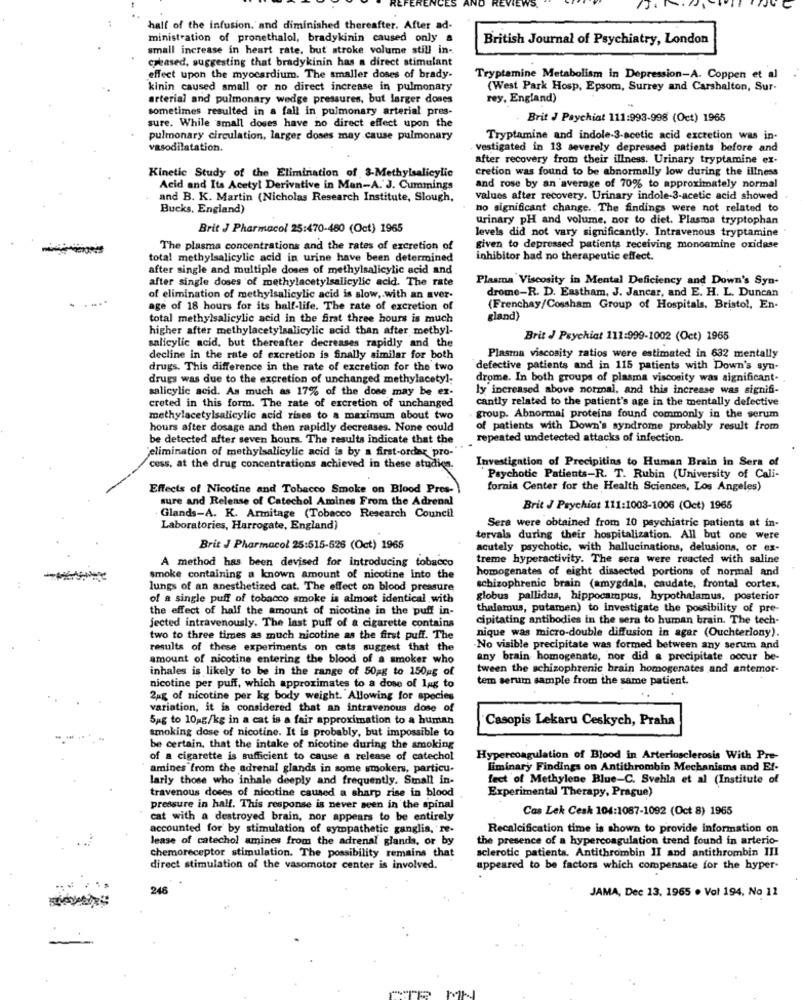
half of the infusion. and diminished thereafter. After ad-
ministration of pronethalol, bradykinin caused only a
British Journal of Psychiatry, London
small increase in heart rate, but stroke volume still in-
chased, suggesting that bradykinin has a direct stimulant
effect upon the myocardium. The smaller doses of brady-
Tryptamine Metabolism in Depression-A. Coppen et al
kinin caused small or no direct increase in pulmonary
(West Park Hosp, Epsom, Surrey and Carshalton, Sur-
arterial and pulmonary wedge pressures, but larger dones
rey, England)
sometimes resulted in a fall in pulmonary arterial pres-
Brit J Psychiat 111:993-998 (Oct) 1965
sure. While small doses have no direct effect upon the
pulmonary circulation, larger doses may cause pulmonary
Tryptamine and indole-3-acetic acid excretion was in-
vasodilatation.
vestigated in 13 severely depressed patients before and
after recovery from their illness. Urinary tryptamine ex-
Kinetic Study of the Elimination of 3-Methylsalicylic
cretion was found to be abnormally low during the illness
Acid and Its Acetyl Derivative in Man-A. J. Cummings
and rose by an average of 70% to approximately normal
and B. K. Martin (Nicholas Research Institute, Slough,
values after recovery. Urinary indole-3-acetic acid showed
Bucks, England)
no significant change. The findings were not related to
urinary pH and volume, nor to diet. Plasma tryptophan
Brit J Pharmacol 25:470-460 (Oct) 1965
levels did not vary significantly. Intravenous tryptamine
The plasma concentrations and the rates of excretion of
given to depressed patients receiving monoamine oxidase
total methylsalicylic acid in urine have been determined
inhibitor had no therapeutic effect.
after single and multiple doses of methylsalicylic acid and
after single doses of methylacetylsalicylic acid. The rate
Plasma Viscosity in Mental Deficiency and Down's Syn-
drome-R. D. Eastham, J. Jancar, and E. H. L. Duncan
of elimination of methylsalicylic acid is slow, with an aver-
age of 18 hours for its half-life. The rate of excretion of
(Frenchay/Cossham Group of Hospitals, Bristol, En-
total methylsalicylic acid in the first three hours is much
gland)
higher after methylacetylsalicylic acid than after metbyl-
Brit J Psychiat 111:999-1002 (Oct) 1965
salicylic acid, but thereafter decreases rapidly and the
decline in the rate of excretion is finally similar for both
Plasma viscosity ratios were estimated in 632 mentally
drugs. This difference in the rate of excretion for the two
defective patients and in 115 patients with Down's syn-
drugs was due to the excretion of unchanged methylacetyl;
drome. In both groups of plasma viscosity was significant.
salicylic acid. As much as 17% of the dose may be ex-
ly increased above normal, and this increase was signifi-
cantly related to the patient's age in the mentally defective
creted in this form. The rate of excretion of unchanged
methylacetylsalicylic acid rises to a maximum about two
group. Abnormal proteins found commonly in the serum
hours after dosage and then rapidly decreases. None could
of patients with Down's syndrome probably result from
be detected after seven hours. The results indicate that the
repeated undetected attacks of infection.
elimination of methylsalicylic acid is by a first-order pro-
Investigation of Precipitins to Human Brain in Sera of
coss, at the drug concentrations achieved in these studice.
Psychotic Patients-R. T. Rubin (University of Cali-
Effects of Nicotine and Tobacco Smoke on Blood Pres-
fornia Center for the Health Sciences, Los Angeles)
sure and Release of Catechol Amines From the Adrenal
Brit J Psychiat 111:1003-1006 (Oct) 1965
Glands-A. K. Armitage (Tobacco Research Council
Sera were obtained from 10 psychiatric patients at in-
Laboratories, Harrogate, England)
tervals during their hospitalization. All but one were
Brit J Pharmacol 25:515-526 (Oct) 1965
acutely psychotic, with hallucinations, delusions, or ex-
A method has been devised for introducing tobacco
treme hyperactivity. The sera were reacted with saline
homogenates of eight dissected portions of normal and
smoke containing a known amount of nicotine into the
lungs of an anesthetized cat. The effect on blood pressure
schizophrenic brain (amygdala, caudate, frontal cortex,
of a single puff of tobacco smoke is almost identical with
globus pallidus, hippocampus, hypothalamus, posterior
the effect of half the amount of nicotine in the puff in-
thalerous, putamen) to investigate the possibility of pre-
cipitating antibodies in the sera to human brain. The tech-
jected intravenously. The last puff of a cigarette contains
nique was micro-double diffusion in agar (Ouchterlony).
two to three times as much nicotine as the first puff. The
results of these experiments on cats suggest that the
No visible precipitate was formed between any serum and
amount of nicotine entering the blood of a smoker who
any brain homogenate, nor did a precipitate occur be-
inhales is likely to be in the range of 50gg to 150ug of
tween the schizophrenic brain homogenates and antemor-
tem serum sample from the same patient.
nicotine per puff, which approximates to a dose of lag to
2ug of nicotine per kg body weight. Allowing for species
variation, it is considered that an intravenous dose of
54g to 10 g/kg in a cat is a fair approximation to a human
Casopis Lekaru Ceskych, Praha
smoking dose of nicotine. It is probably, but impossible to
be certain. that the intake of nicotine during the smoking
of a cigarette is sufficient to cause a release of catechol
Hypercoagulation of Blood in Arteriosclerosis With Pre-
amines from the adrenal glands in some smokers, particu-
Liminary Findings on Antithrombin Mechanisms and Ef-
larly those who inhale deeply and frequently. Small in-
fect of Methylene Blue-C. Svehla et al (Institute of
Experimental Therapy, Prague)
travenous doses of nicotine caused a sharp rise in blood
pressure in half. This response is never seen in the spinal
Cas Lek Cesk 104:1087-1092 (Oct 8) 1965
cat with a destroyed brain, nor appears to be entirely
accounted for' by stimulation of sympathetic ganglia, re-
Recalcification time is shown to provide information on
lease of catechol amines from the adrenal glands, or by
the presence of a hypercoagulation trend found in arterio-
chemoreceptor stimulation. The possibility remains that
sclerotic patienta. Antithrombin II and antithrombin III
direct stimulation of the vasomotor center is involved.
appeared to be factors which compensate for the hyper-
246
JAMA, Dec 13, 1965 . Vol 194, No 11